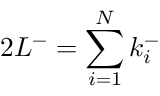
2 L ^ { - } = \sum _ { i = 1 } ^ { N } k _ { i } ^ { - }